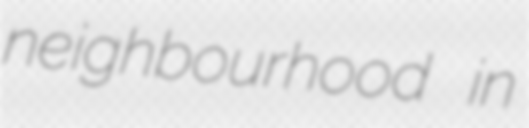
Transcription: neighbourhood in